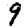
Digit: 9